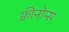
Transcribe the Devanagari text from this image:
क्वीनोन्स